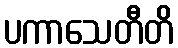
ပကာသေတီတိ